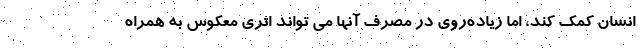
انسان کمک کند، اما زیاده‌روی در مصرف آنها می تواند اثری معکوس به همراه